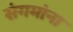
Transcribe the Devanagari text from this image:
संगमांना